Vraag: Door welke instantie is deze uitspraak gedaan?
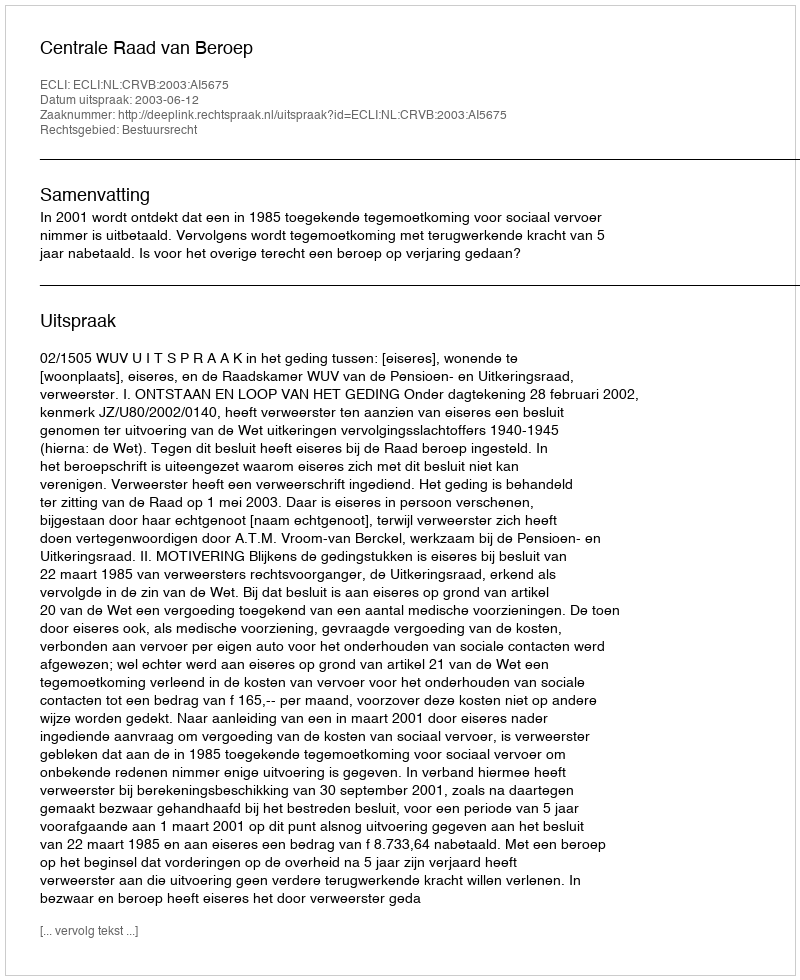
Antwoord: Centrale Raad van Beroep